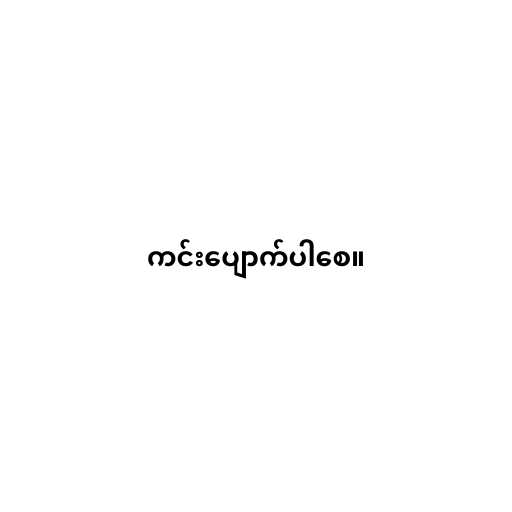
ကင်းပျောက်ပါစေ။